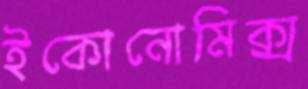
ইকোনোমিক্স